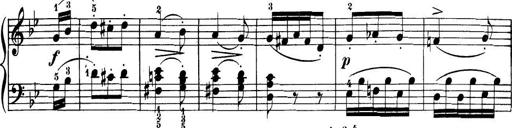
Title: 32 Sonatinas and Rondos for the Piano
Composer: Richard Kleinmichel